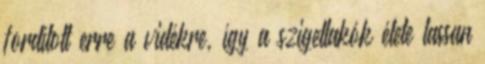
fordított erre a vidékre, így a szigetlakók élete lassan